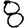
Digit: 8